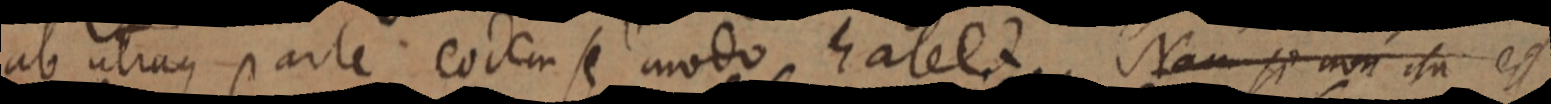
ab utraque parte eodem se modo habet. Nam si non ita est